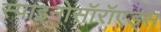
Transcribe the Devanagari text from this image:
स्पाइनोसॉरॉएड्स